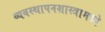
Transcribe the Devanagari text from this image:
व्यवस्थापनशास्त्रामध्ये